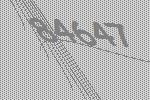
84647